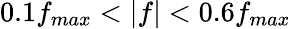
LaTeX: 0.1f_{max}<|f|<0.6f_{max}